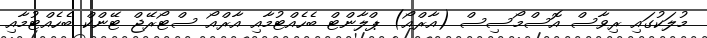
މުލަކުގައި ރިވާސް އޮސްމޯސިސް (އާރްއޯ) ޕްލާންޓް ބެހެއްޓުމާއި އާރްއޯ ސްޓޯރޭޖް ޓޭންކް ބެހެއްޓުމާއި